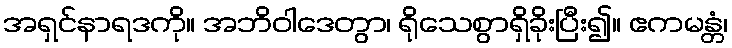
အရှင်နာရဒကို။ အဘိဝါဒေတွာ၊ ရိုသေစွာရှိခိုးပြီး၍။ ဧကမန္တံ၊